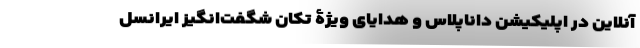
آنلاین در اپلیکیشن داناپلاس و هدایای ویژۀ تکان شگفت‌انگیز ایرانسل